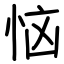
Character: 恼